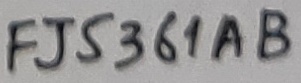
Text: FJ5361AB